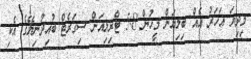
މިދިޔަ އަހަރު އެއް ބިލިއަން މީހުން 5.8 ޓްރިލިއަން ސިގަރެޓް ބުއިދުނިޔޭގެ އެކި